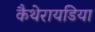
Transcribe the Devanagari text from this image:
कैथेरायडिया